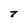
Character: T